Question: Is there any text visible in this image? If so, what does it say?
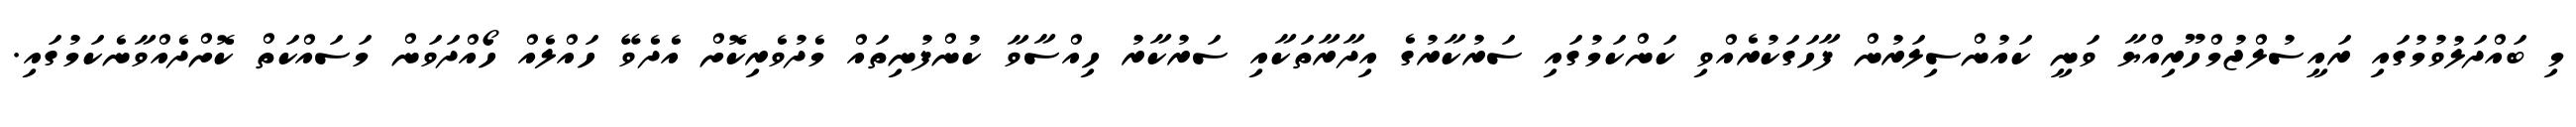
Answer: މި ބައްދަލުވުމުގައި ރައީސުލްޖުމްހޫރިއްޔާ ވަނީ ކައުންސިލަރުން ފާހަގަކުރެއްވި ކަންކަމުގައި ސަރުކާރުގެ އިދާރާތަކާއި ސަރުކާރު ހިއްސާވާ ކުންފުނިތައް މެދުވެރިކޮށް އެދެވޭ ހައްލެއް ހޯއްދަވަން މަސައްކަތް ކޮށްދެއްވާނެކަމުގައި.